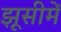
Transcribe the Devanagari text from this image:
झूसीमें